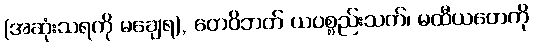
(အဆုံးသရကို မချေရ), တေဝိဘတ် ယပစ္စည်းသက်၊ မထီယတေကို